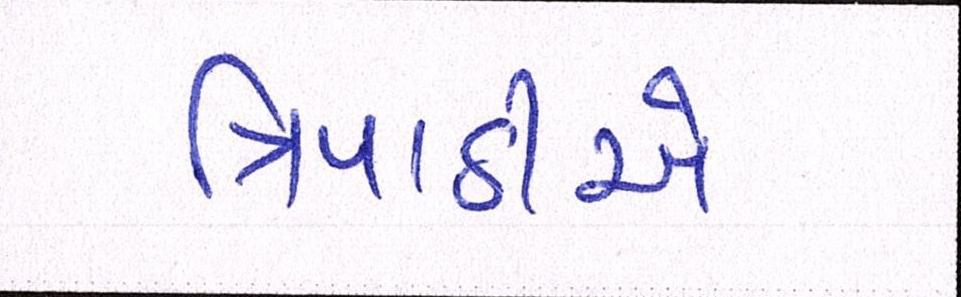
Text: ત્રિપાઠીએ